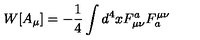
W [ A _ { \mu } ] = - \frac { 1 } { 4 } \int d ^ { 4 } x { F _ { \mu \nu } ^ { a } { F _ { a } ^ { \mu \nu } } }